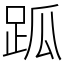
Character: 𧿼